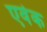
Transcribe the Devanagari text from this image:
एवेक